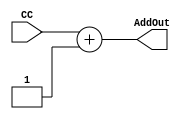
module PC_P1(AddOut, CC);

input[15:0] CC;
output[15:0] AddOut;

assign AddOut = CC + 1;

endmodule